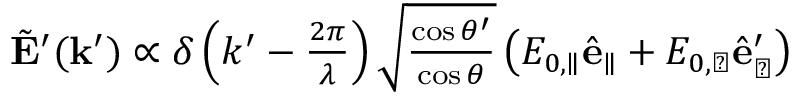
\begin{array} { r } { \tilde { \mathbf { E } } ^ { \prime } ( \mathbf { k } ^ { \prime } ) \propto \delta \left( k ^ { \prime } - \frac { 2 \pi } { \lambda } \right) \sqrt { \frac { \cos \theta ^ { \prime } } { \cos \theta } } \left( E _ { 0 , \parallel } \hat { \mathbf { e } } _ { \parallel } + E _ { 0 , \perp } \hat { \mathbf { e } } _ { \perp } ^ { \prime } \right) } \end{array}